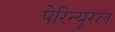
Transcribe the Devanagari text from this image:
पेरिन्यूरल